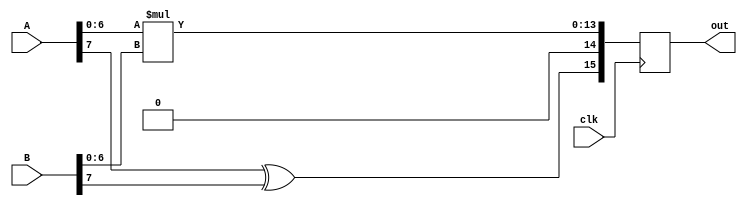
`timescale 1ns / 1ps
//////////////////////////////////////////////////////////////////////////////////
// Company: 
// Engineer: 
// 
// Design Name: 
// Module Name:    Mult 
// Project Name: 
// Target Devices: 
// Tool versions: 
// Description: 
//
// Dependencies: 
//
// Revision: 
// Revision 0.01 - File Created
// Additional Comments: 
//
//////////////////////////////////////////////////////////////////////////////////
module Mult(
	 input clk,
    input [7:0] A,
    input [7:0] B,
    output reg [15:0] out
    );
	initial begin
	out = 16'b0;
	end
		
	wire sign;
	reg[13:0] tmp;
	xor xor1(sign,A[7],B[7]);
	always@(posedge clk)begin
	 tmp = A[6:0]*B[6:0];
	 out <= {sign,1'b0,tmp};
	end

endmodule